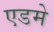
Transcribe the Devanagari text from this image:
एडमे